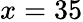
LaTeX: x=35